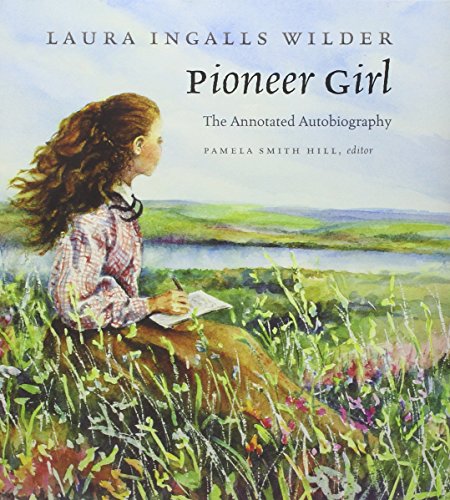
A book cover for Pioneer Girl: The Annotated Autobiography; Laura Ingalls Wilder; Biographies & Memoirs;